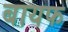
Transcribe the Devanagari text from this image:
बायफ